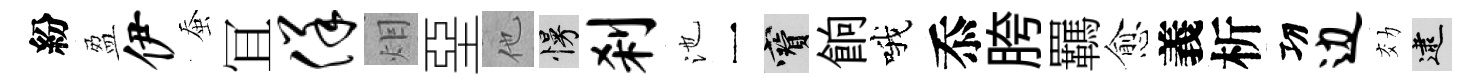
紛盈伊蚕冝佯𤇆堊他慢刹池一寶餉哦忝胯羈愈義析㓛边効逮